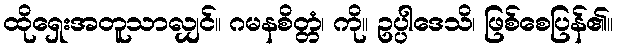
ထိုရှေးအတူသာလျှင်။ ဂမနစိတ္တံ၊ ကို။ ဥပ္ပါဒေသိ၊ ဖြစ်စေပြန်၏။